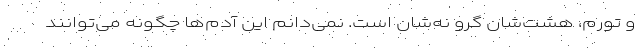
و تورم، هشت‌شان گرو نه‌شان است. نمی‌دانم این آدم‌ها چگونه می‌توانند